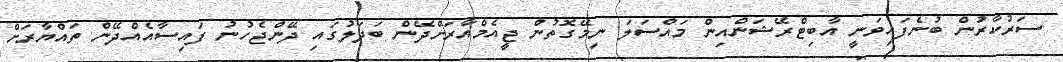
ސަރުކާރުން ބުނެފައިވަނީ އާބިޓްރޭޝަންއިން މައްސަލަ ނިމޭގޮތުން ޖީއެމްއާރަށްދޭން ބަދަލުގައި ދޭންޖެހުނު ފައިސާއެއްދޭން ތައްޔާރަށް